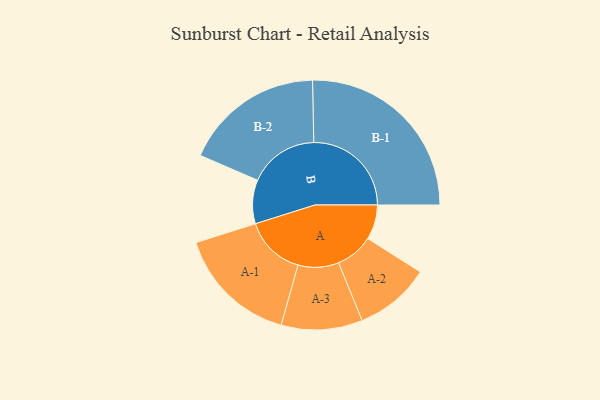
{"axis": {"x": "Segment", "y": "Value"}, "legend": ["", "A", "B"], "data": [{"x": "A", "y": 100, "type": ""}, {"x": "B", "y": 126, "type": ""}, {"x": "A-1", "y": 175, "type": "A"}, {"x": "A-2", "y": 109, "type": "A"}, {"x": "A-3", "y": 117, "type": "A"}, {"x": "B-1", "y": 281, "type": "B"}, {"x": "B-2", "y": 202, "type": "B"}]}